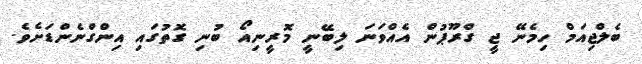
ބެލްޖިއަމް ހިމެނޭ ޖީ ގްރޫޕުން އެއްވަނަ ލިބޭނީ މޮރީނިއޯ ބުނި ގޮތުގައި އިންގްނެންޑަށެވެ.